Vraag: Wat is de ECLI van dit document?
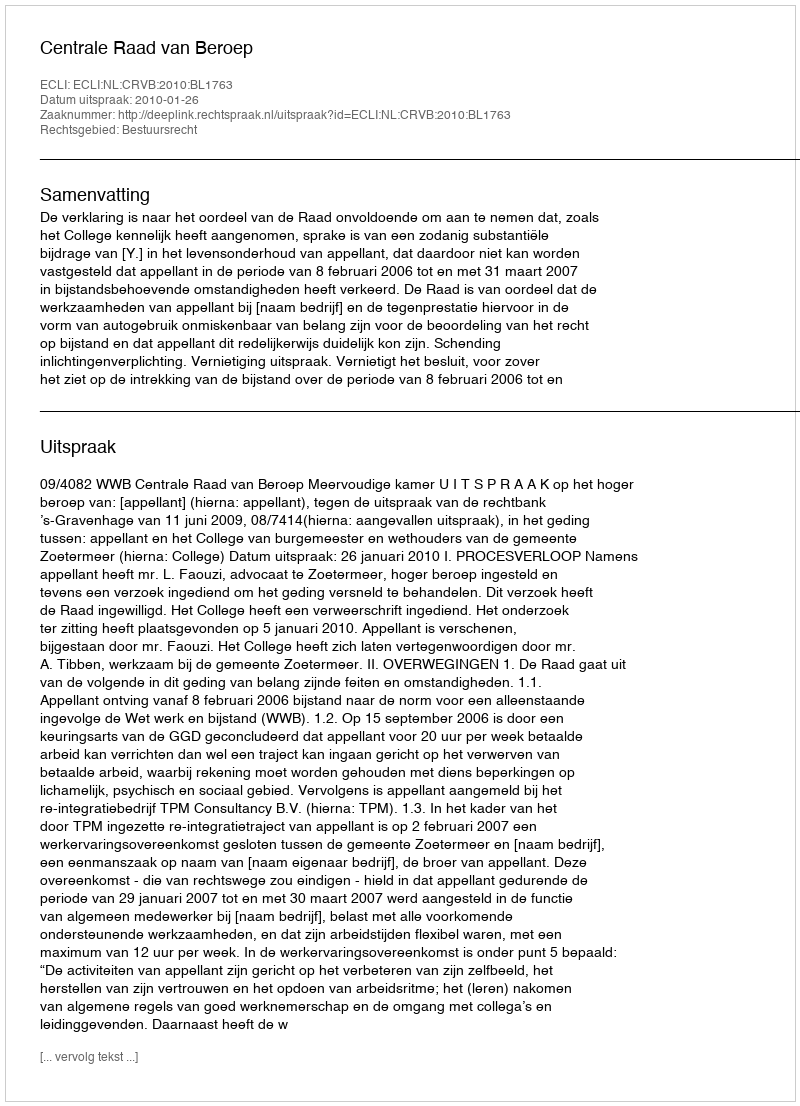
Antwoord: ECLI:NL:CRVB:2010:BL1763